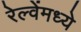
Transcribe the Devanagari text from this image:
रेल्वेंमध्ये